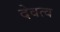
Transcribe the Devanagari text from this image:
देवत्‍व